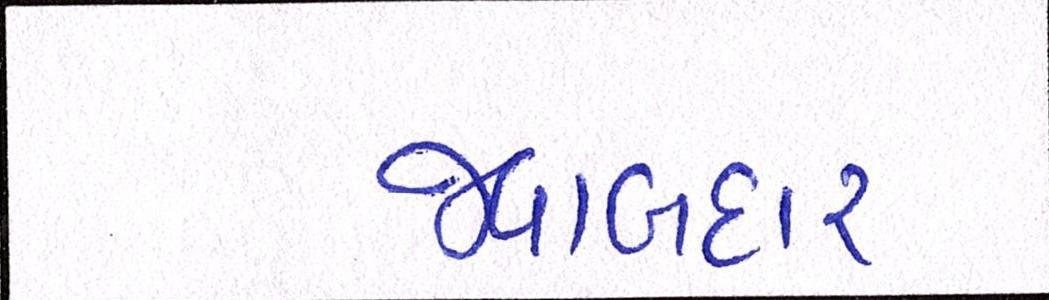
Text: જવાબદાર